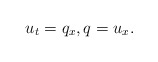
\begin{align*} u_t=q_x, q=u_x.\end{align*}